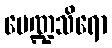
မေဏ္ဍသိရော